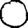
Digit: 0